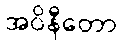
အဝိနီတော